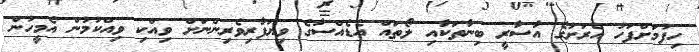
ހިފުމަށްފަހު އެރަށުގެ އާސާރީ ބިނާތަކާއި ލޯތައް އެޑެއްސާގެ ވިޔަފާރިވެރިންނަށް ވިއްކި ވިއްކުމުން އެމީހުން